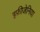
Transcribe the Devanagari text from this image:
इफ़ीजेनिया